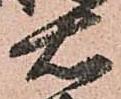
右